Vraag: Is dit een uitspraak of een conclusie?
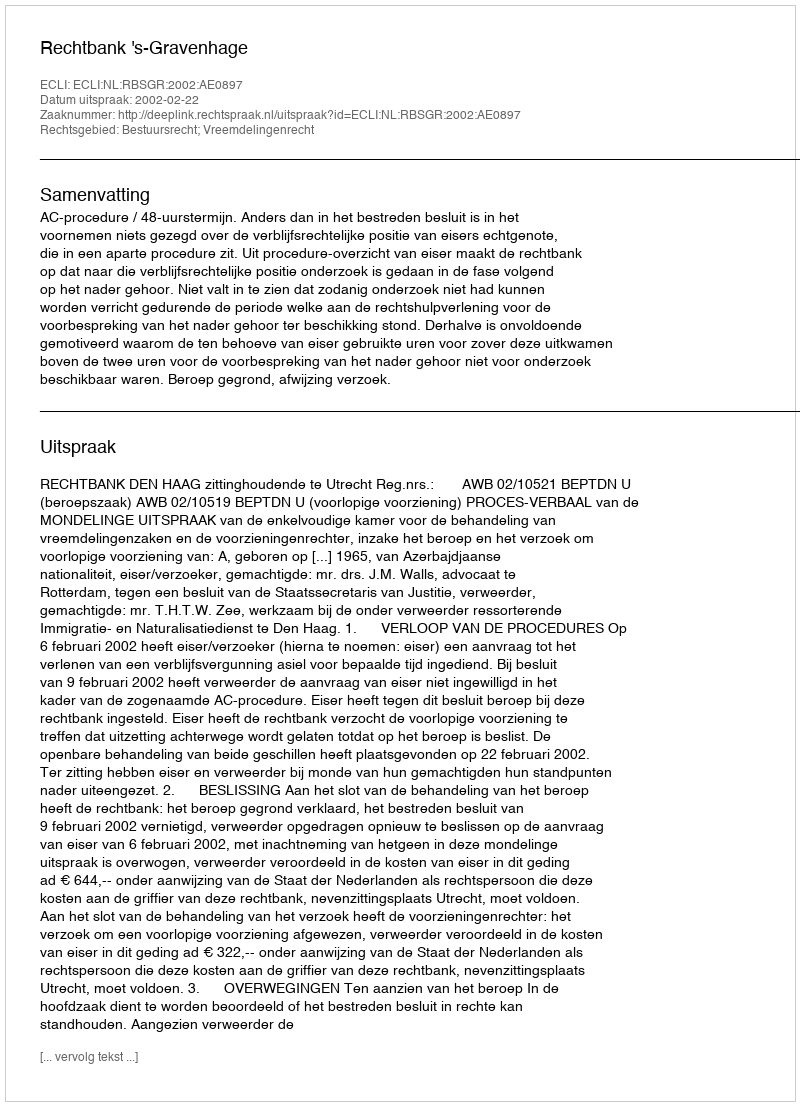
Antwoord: Uitspraak